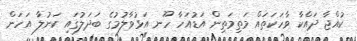
ކުއްޖާ ދައްކާ ވާހަކަތައް މަތިމަތިން އަޑުއަހާ ހޫނ އަޅުވާލުމުގެ ބަދަލުގައި ކަނުލާ އަހަން